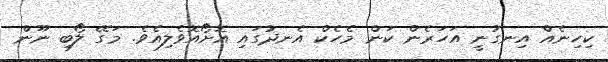
ކިހިނެއް އިނގުނީ އަހަރެން ކަން މެހެކް އެނދުގައި އޮށޯއޮވެލިއެވެ. މަގޭ ލޯބި ނޫން